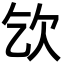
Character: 𣢆